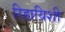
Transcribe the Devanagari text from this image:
रिहायिशी